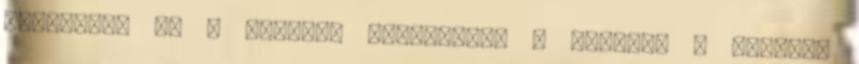
kellemes, és a javamat szolgálja. A Sabbath a szerető